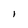
Character: l